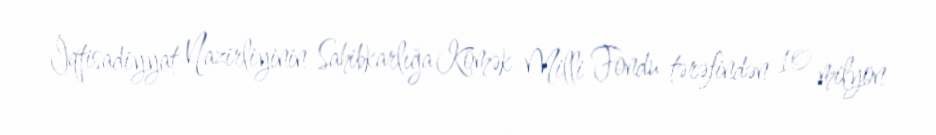
İqtisadiyyat Nazirliyinin Sahibkarlığa Kömək Milli Fondu tərəfindən 10 milyon